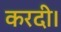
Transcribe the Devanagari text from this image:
करदी।